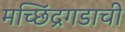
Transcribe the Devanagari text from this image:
मच्छिंद्रगडाची